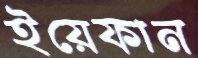
ইয়েফান